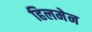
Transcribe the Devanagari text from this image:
हिलमेन